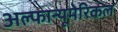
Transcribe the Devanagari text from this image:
अल्फान्यूमेरिकल